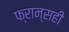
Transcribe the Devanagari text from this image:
फ्रान्सही